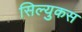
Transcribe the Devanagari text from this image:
सिल्युकस